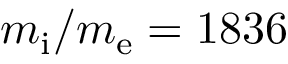
m _ { \mathrm { i } } / m _ { \mathrm { e } } = 1 8 3 6